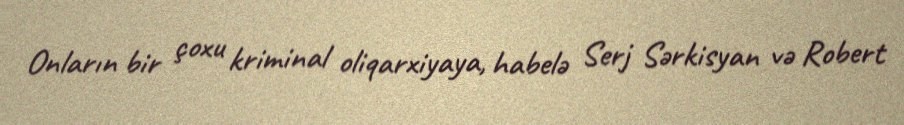
Onların bir çoxu kriminal oliqarxiyaya, habelə Serj Sərkisyan və Robert